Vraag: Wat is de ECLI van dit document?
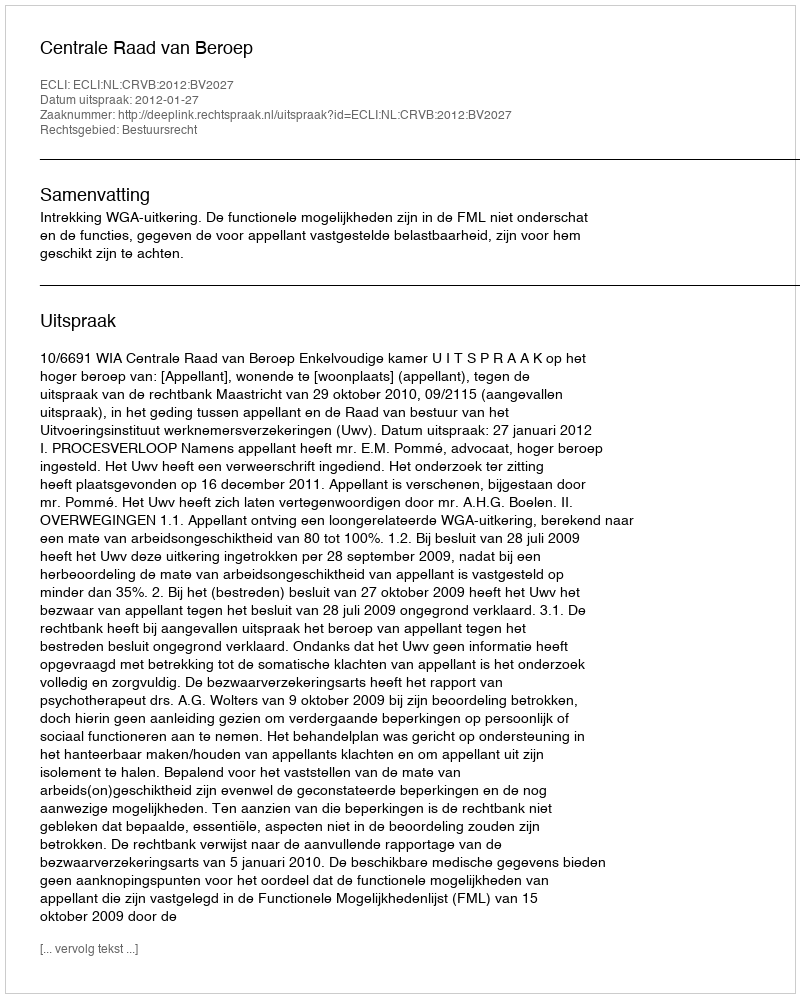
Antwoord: ECLI:NL:CRVB:2012:BV2027